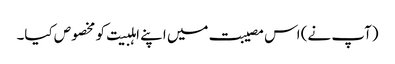
(آپ نے) اس مصیبت میں اپنے اہلبیت کو مخصوص کیا۔